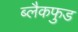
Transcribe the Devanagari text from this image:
ब्लैकफुड